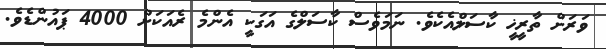
ވަރަށް ތާރީޚީ ކާސަލްއެކެވެ. ނަމަވެސް ކާސަލްގެ އަގަކީ އެންމެ ރެއަކަށް 4000 ޕައުންޑެވެ.